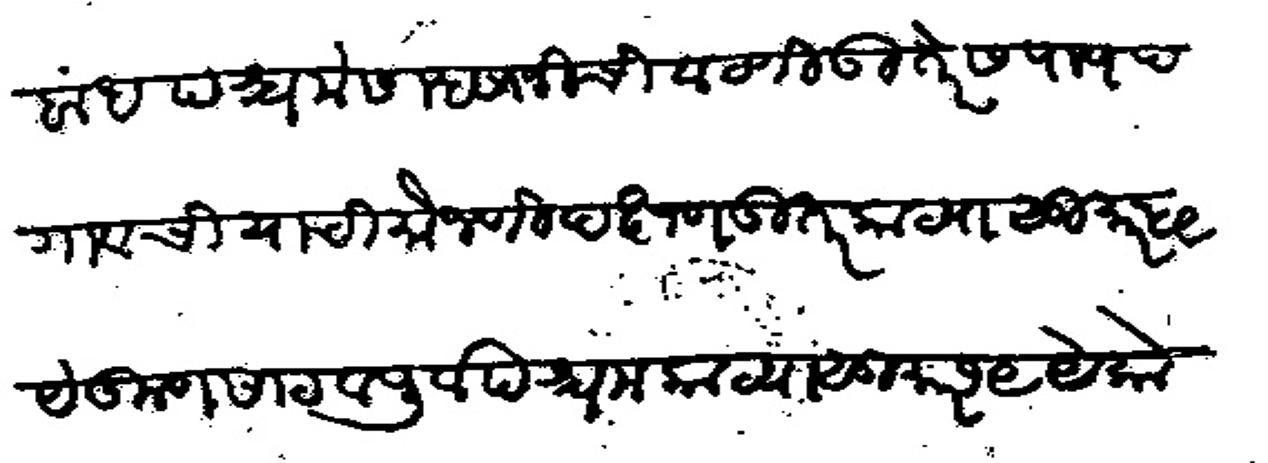
Transliteration (Devanagari): बांध पंश्चमेस म्हसाजीची वाटणी उत्तरेस पाणद गावची याची मोजणी दक्षण उत्तर काठ्या सुमार ५९ येकूणसाठ व पूर्वपश्चम काज्या सुमारे १९ येकोणीस